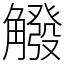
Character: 䚨